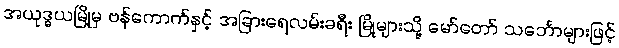
အယုဒ္ဓယမြို့မှ ဗန်ကောက်နှင့် အခြားရေလမ်းခရီး မြို့များသို့ မော်တော် သင်္ဘောများဖြင့်